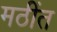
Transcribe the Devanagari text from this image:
मठींत